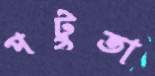
পটুতা